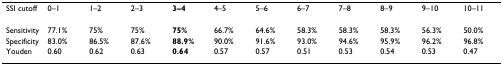
<table><thead><tr><td><b>SSI cutoff</b></td><td><b>0–1</b></td><td><b>1–2</b></td><td><b>2–3</b></td><td><b>3–4</b></td><td><b>4–5</b></td><td><b>5–6</b></td><td><b>6–7</b></td><td><b>7–8</b></td><td><b>8–9</b></td><td><b>9–10</b></td><td><b>10–11</b></td></tr></thead><tbody><tr><td>Sensitivity</td><td>77.1%</td><td>75%</td><td>75%</td><td><b>75%</b></td><td>66.7%</td><td>64.6%</td><td>58.3%</td><td>58.3%</td><td>58.3%</td><td>56.3%</td><td>50.0%</td></tr><tr><td>Specificity</td><td>83.0%</td><td>86.5%</td><td>87.6%</td><td><b>88.9%</b></td><td>90.0%</td><td>91.6%</td><td>93.0%</td><td>94.6%</td><td>95.9%</td><td>96.2%</td><td>96.8%</td></tr><tr><td>Youden</td><td>0.60</td><td>0.62</td><td>0.63</td><td><b>0.64</b></td><td>0.57</td><td>0.57</td><td>0.51</td><td>0.53</td><td>0.54</td><td>0.53</td><td>0.47</td></tr></tbody></table>